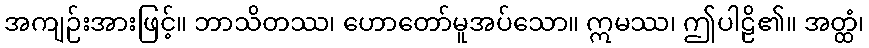
အကျဉ်းအားဖြင့်။ ဘာသိတဿ၊ ဟောတော်မူအပ်သော။ ဣမဿ၊ ဤပါဠိ၏။ အတ္ထံ၊